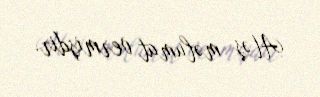
Atəş məlumat vermişdir.